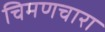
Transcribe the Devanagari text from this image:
चिमणचारा